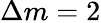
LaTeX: \Delta m=2